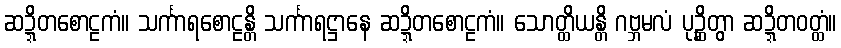
ဆဍ္ဍိတစောဠကံ။ သင်္ကာရစောဠန္တိ သင်္ကာရဋ္ဌာနေ ဆဍ္ဍိတစောဠကံ။ သောတ္ထိယန္တိ ဂဗ္ဘမလံ ပုဉ္ဆိတွာ ဆဍ္ဍိတဝတ္ထံ။